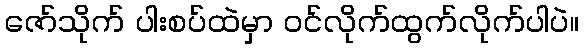
ဇော်သိုက် ပါးစပ်ထဲမှာ ဝင်လိုက်ထွက်လိုက်ပါပဲ။